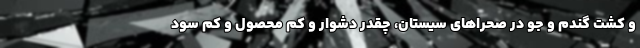
و کشت گندم و جو در صحرا‌های سیستان، چقدر دشوار و کم محصول و کم سود